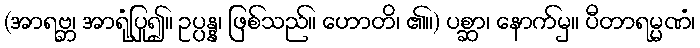
(အာရဗ္ဘ၊ အာရုံပြု၍။ ဥပ္ပန္န၊ ဖြစ်သည်။ ဟောတိ၊ ၏။) ပစ္ဆာ၊ နောက်မှ။ ပီတာရမ္မဏံ၊